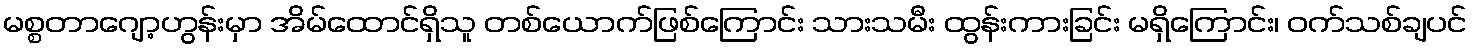
မစ္စတာဂျော့ဟွန်းမှာ အိမ်ထောင်ရှိသူ တစ်ယောက်ဖြစ်ကြောင်း သားသမီး ထွန်းကားခြင်း မရှိကြောင်း၊ ဝက်သစ်ချပင်